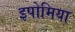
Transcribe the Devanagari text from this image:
इपोमिया